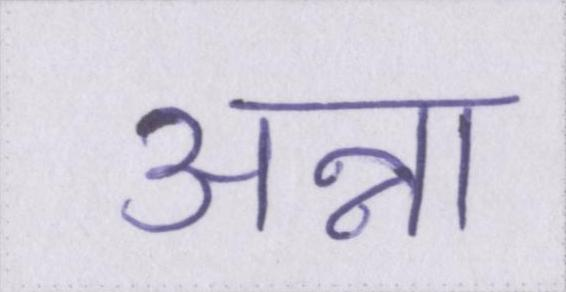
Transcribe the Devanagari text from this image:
अन्ना